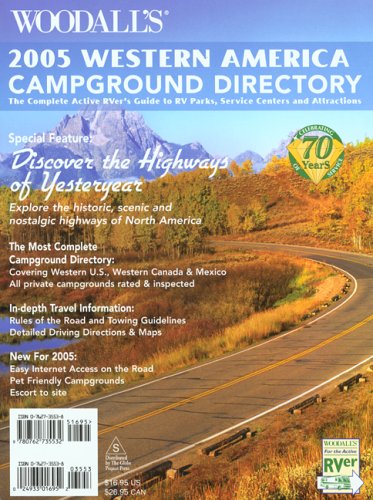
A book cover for Woodall's Western Campground Directory, 2005: The Active RVer's Guide to RV Parks, Service Centers & Atrractions (Woodall's Campground Directory: Western Ed.); Woodall's Publications Corp.; Travel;